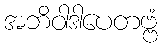
အဘိဝါဒါပေတဗ္ဗံ